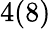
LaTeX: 4(8)